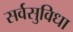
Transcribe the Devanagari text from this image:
सर्वसुविधा